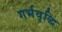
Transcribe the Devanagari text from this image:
गर्भवृद्धि